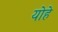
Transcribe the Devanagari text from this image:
योहे